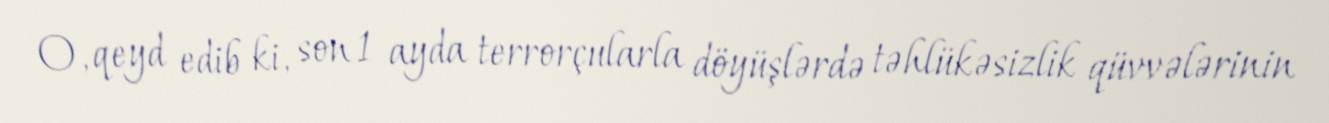
O, qeyd edib ki, son 1 ayda terrorçularla döyüşlərdə təhlükəsizlik qüvvələrinin